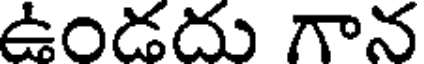
ఉండదు గాన